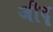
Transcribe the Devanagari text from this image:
जीदृ